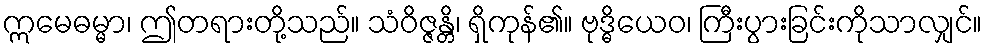
ဣမေဓမ္မာ၊ ဤတရားတို့သည်။ သံဝိဇ္ဇန္တိ၊ ရှိကုန်၏။ ဗုဒ္ဓိယေဝ၊ ကြီးပွားခြင်းကိုသာလျှင်။